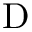
\mathrm { D }